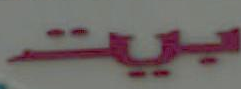
بيت